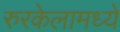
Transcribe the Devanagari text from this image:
रुरकेलामध्ये